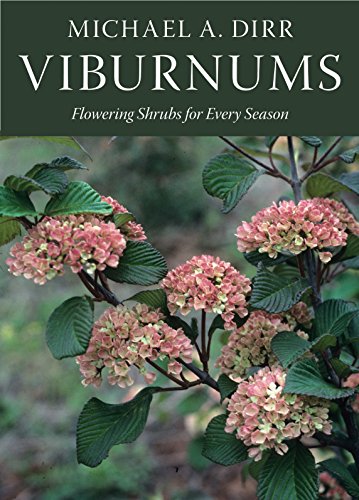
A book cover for Viburnums: Flowering Shrubs for Every Season; Michael A. Dirr; Crafts, Hobbies & Home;